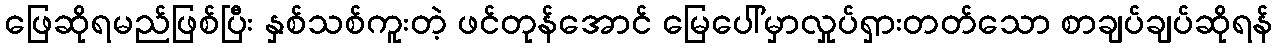
ဖြေဆိုရမည်ဖြစ်ပြီး နှစ်သစ်ကူးတဲ့ ဖင်တုန်အောင် မြေပေါ်မှာလှုပ်ရှားတတ်သော စာချပ်ချပ်ဆိုရန်